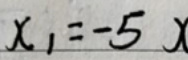
$x _ { 1 } = - 5 x$